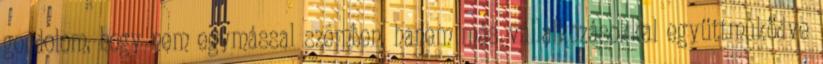
gondolom, hogy nem egymással szemben, hanem más vállalkozásokkal együttmûködve